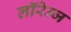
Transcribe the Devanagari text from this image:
लॉरेन्ज